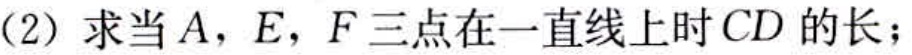
(2) 求当\(A\)，\(E\)，\(F\)三点在一直线上时\(CD\)的长；